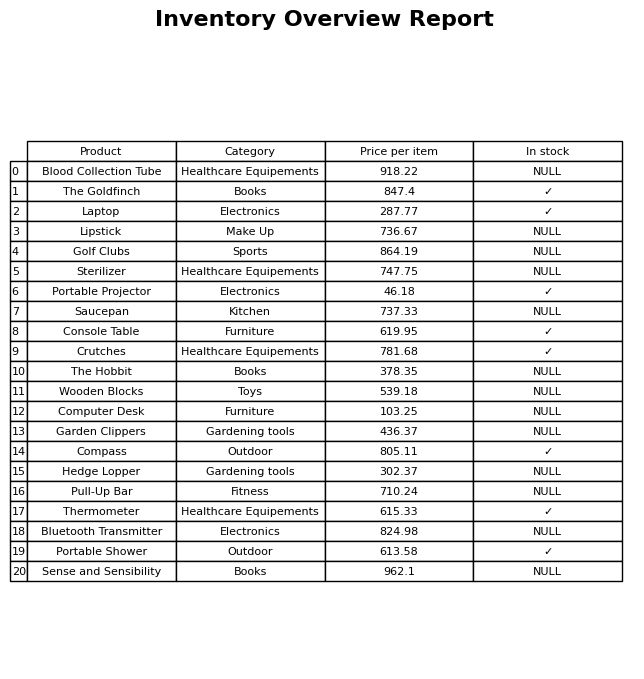
question: What is the price for Wooden Blocks?
answer: The price of Wooden Blocks is 539.18.